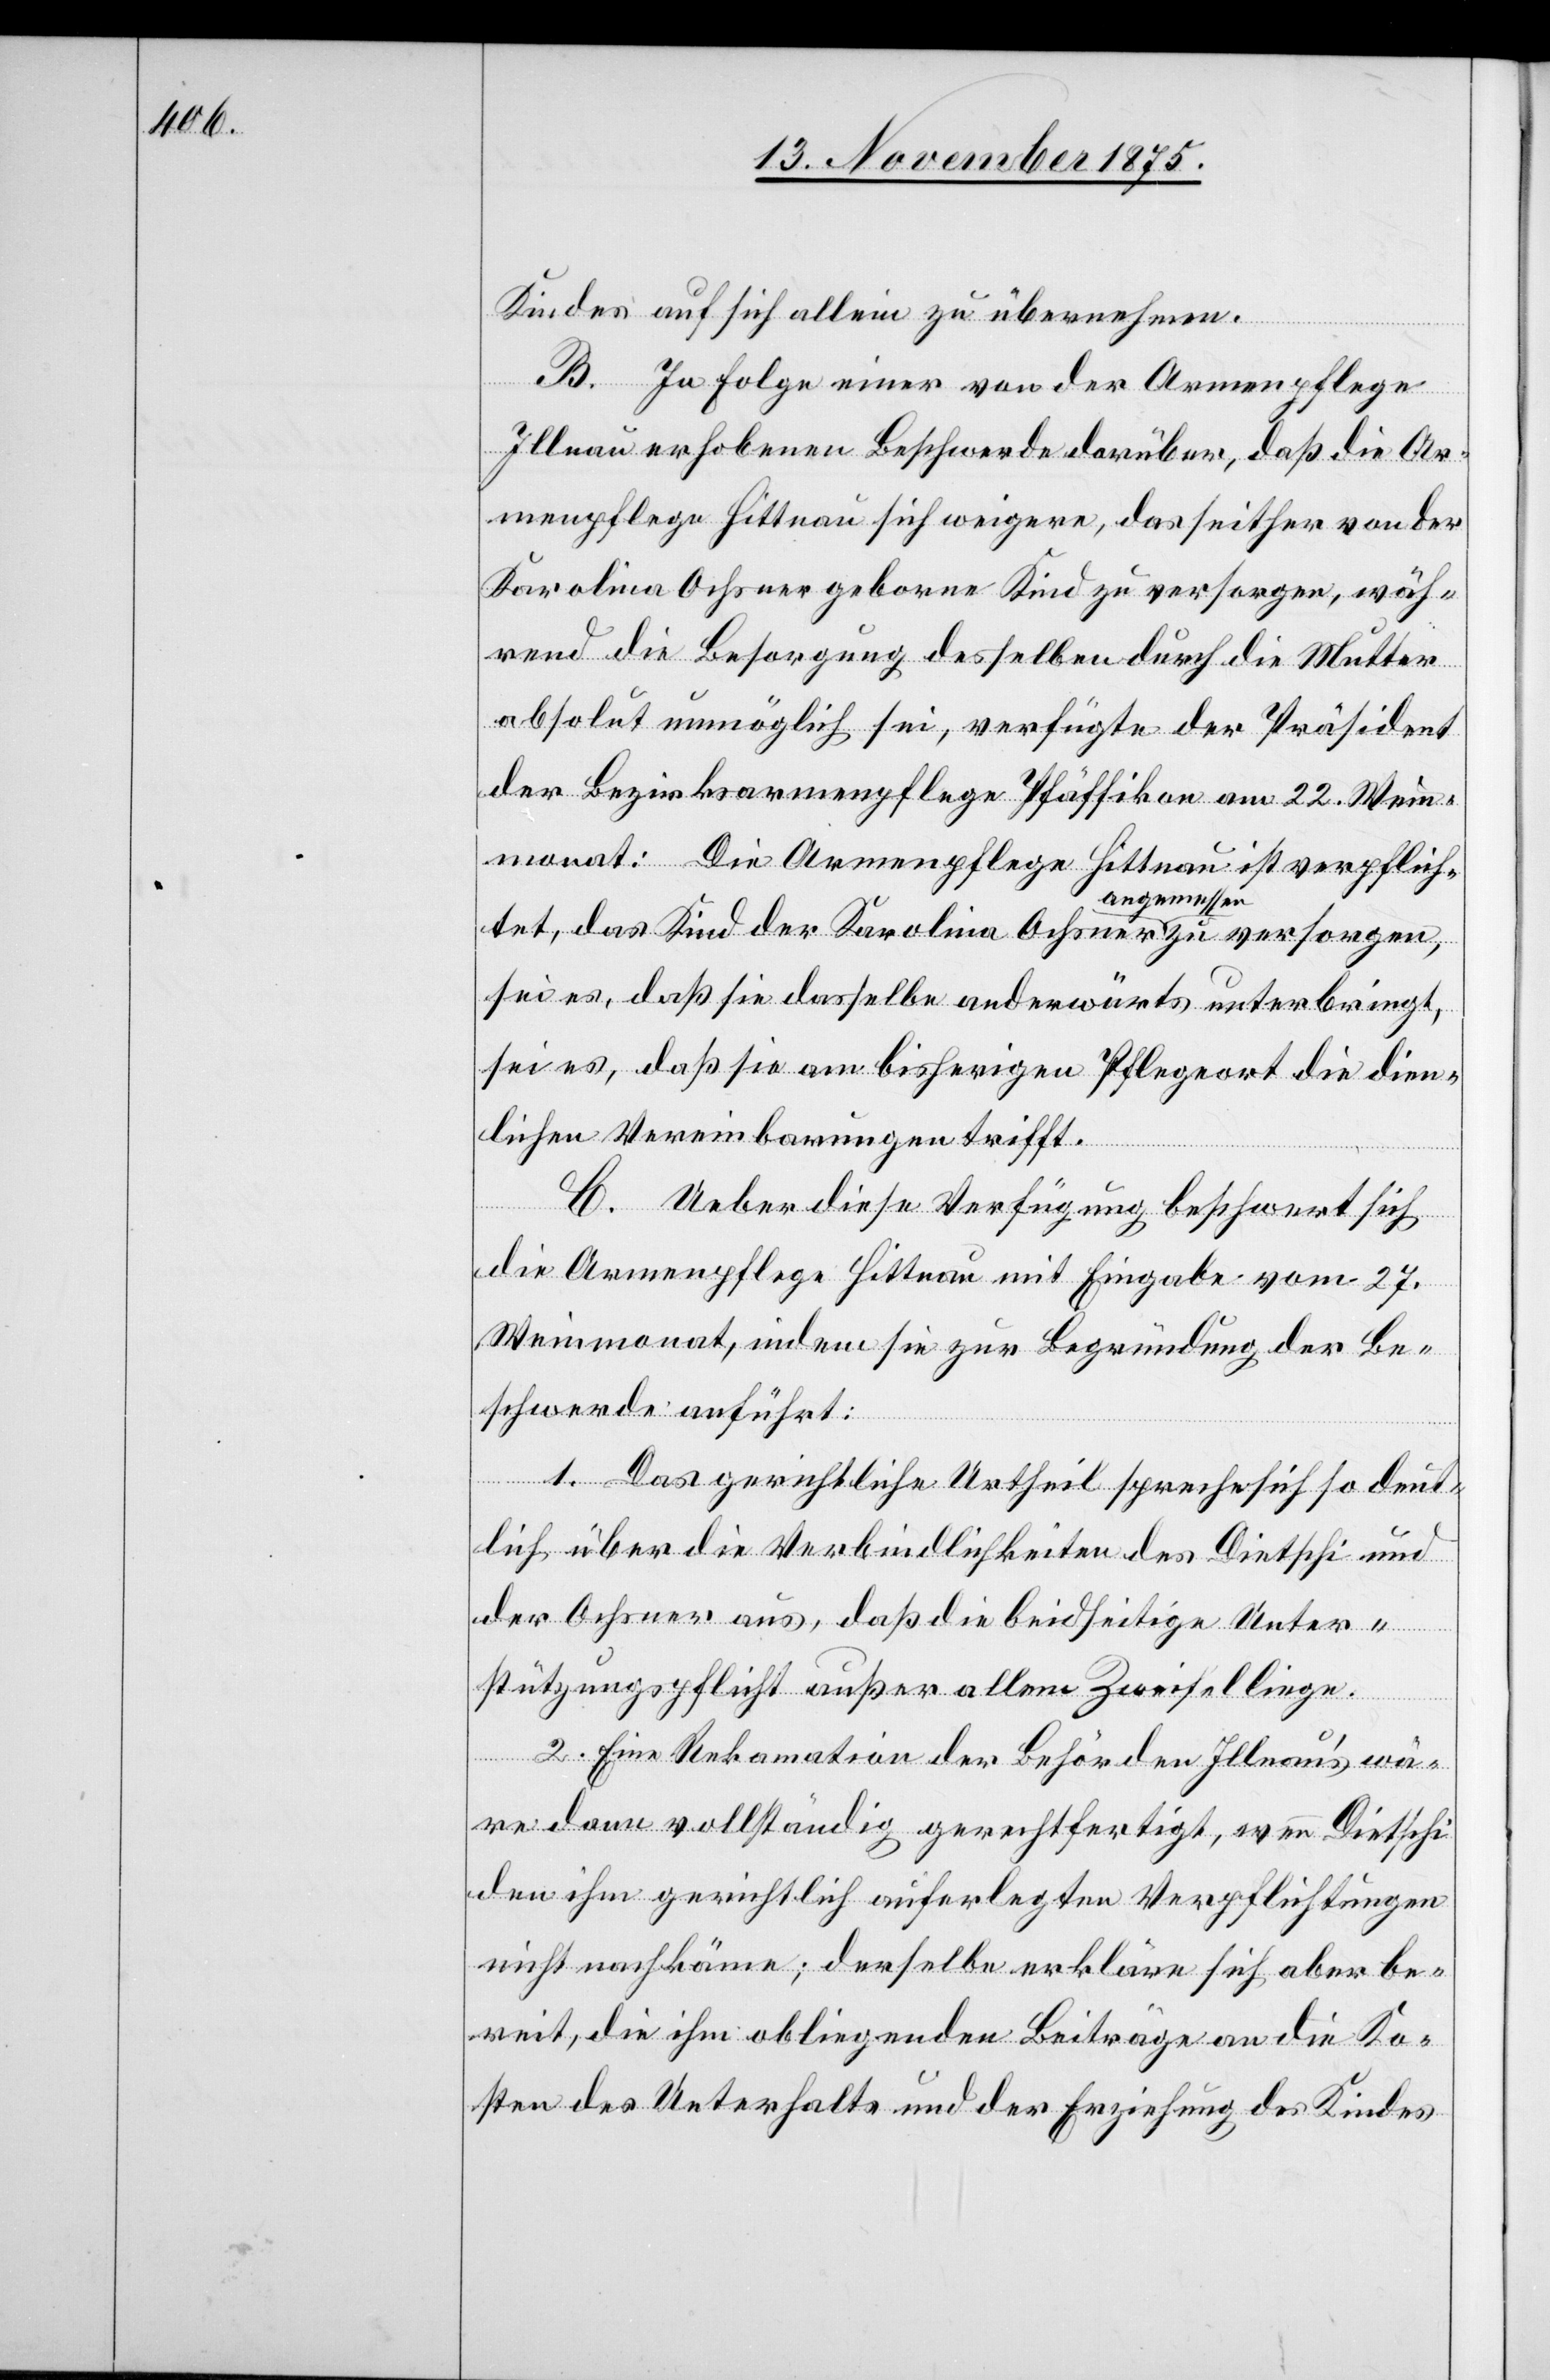
Kindes auf sich allein zu übernehmen.
B. In Folge einer von der Armenpflege
Illnau erhobenen Beschwerde darüber, daß die Ar¬
menpflege Hittnau sich weigere, das seither von der
Karolina Ochsner geborne Kind zu versorgen, wäh¬
rend die Besorgung desselben durch die Mutter
absolut unmöglich sei, verfügte der Präsident
der Bezirksarmenpflege Pfäffikon am 22. Wein¬
monat: Die Armenpflege Hittnau ist verpflich¬
angemessen
sei es, daß sie dasselbe anderwärts unterbringt,
sei es, daß sie am bisherigen Pflegeort die dien¬
lichen Vereinbarungen trifft.
C. Ueber diese Verfügung beschwert sich
die Armenpflege Hittnau mit Eingabe vom 27.
Weinmonat, indem sie zur Begründung der Be¬
schwerde anführt:
1. Das gerichtliche Urtheil spreche sich so deut¬
lich über die Verbindlichkeiten des Dietschi und
der Ochsner aus, daß die beidseitige Unter¬
orgen,
stützungspflicht außer allem Zweifel liege.
2. Eine Rek[l]amation der Behörden Illnau’s wä¬
re dann vollständig gerechtfertigt, wenn Dietschi
den ihm gerichtlich auferlegten Verpflichtungen
nicht nachkäme; derselbe erkläre sich aber be¬
reit, die ihm obliegenden Beiträge an die Ko¬
sten des Unterhalts und der Erziehung des Kindes